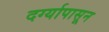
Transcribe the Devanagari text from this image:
दर्ग्यापासून